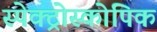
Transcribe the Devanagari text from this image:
स्पेक्ट्रोस्कोपिक